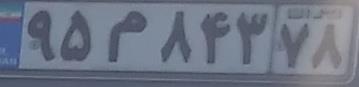
۹۵م۸۴۳۷۸